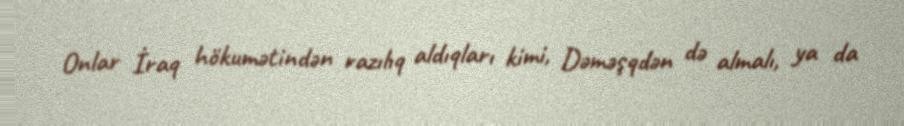
Onlar İraq hökumətindən razılıq aldıqları kimi, Dəməşqdən də almalı, ya da